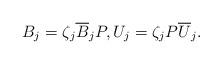
LaTeX: \begin{align*}B_{j}=\zeta_j \overline{B}_{j}P,U_{j}=\zeta_j P\overline{U}_{j}.\end{align*}